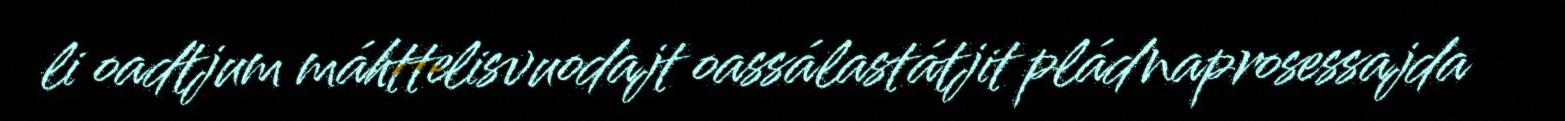
li oadtjum máhttelisvuodajt oassálastátjit pládnaprosessajda